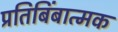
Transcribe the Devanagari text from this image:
प्रतिबिंबात्मक